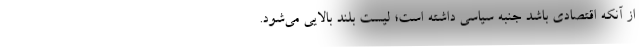
از آنکه اقتصادی باشد جنبه سیاسی داشته است؛ لیست بلند بالایی می‌شود.